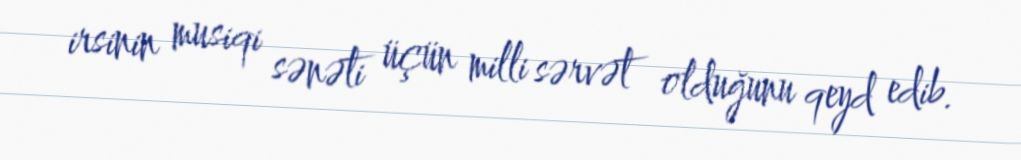
irsinin musiqi sənəti üçün milli sərvət olduğunu qeyd edib.